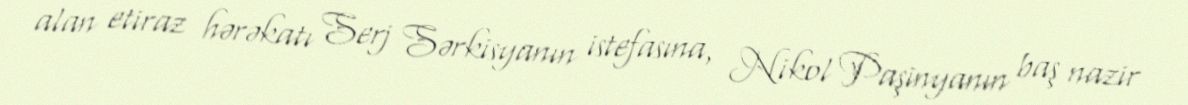
alan etiraz hərəkatı Serj Sərkisyanın istefasına, Nikol Paşinyanın baş nazir